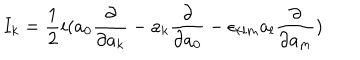
I _ { k } = \frac { 1 } { 2 } i ( a _ { 0 } \frac { \partial } { \partial a _ { k } } - a _ { k } \frac { \partial } { \partial a _ { 0 } } - \epsilon _ { k l m } a _ { l } \frac { \partial } { \partial a _ { m } } )